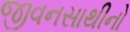
જીવનસાથીનો